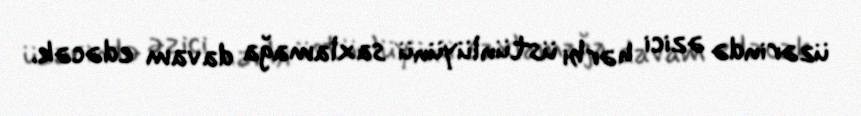
üzərində əzici hərbi üstünlüyünü saxlamağa davam edəcək.